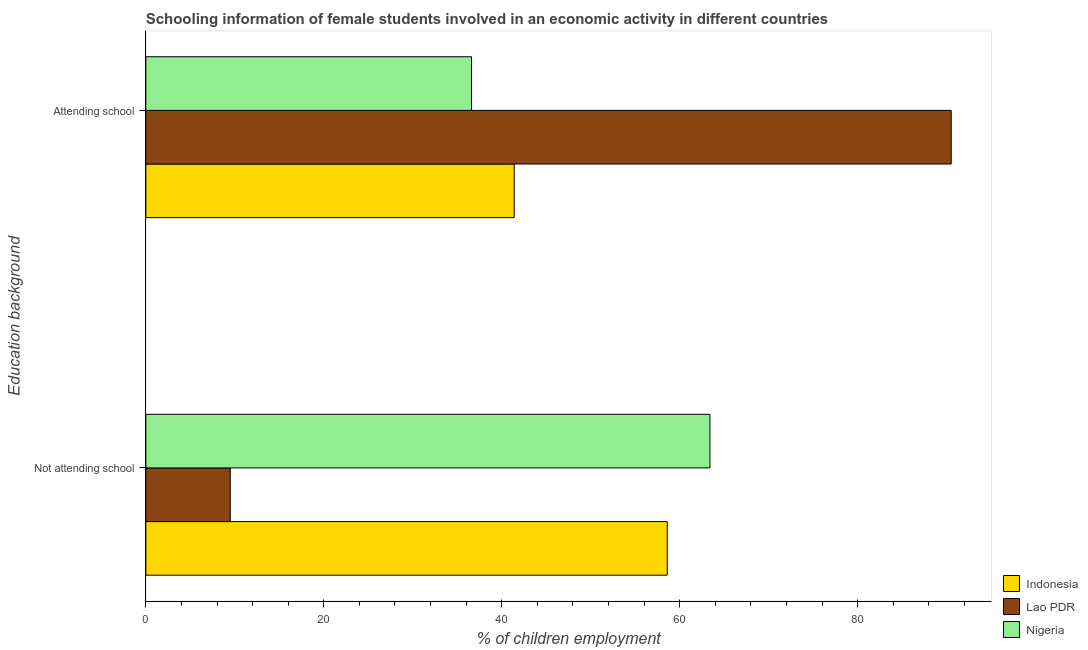
| Education background | Indonesia | Lao PDR | Nigeria |
 | --- | --- | --- | --- |
 | Not attending school | 58.6 | 9.49 | 63.4 |
 | Attending school | 41.4 | 90.5 | 36.6 |